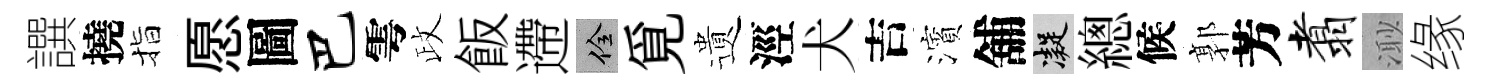
譔撓指愿圖巴雩政飯遰佺覓遺涇犬吉濱舖凝總候郭芳翥𣺌缘